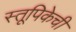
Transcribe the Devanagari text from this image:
स्तूपिकेची